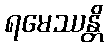
ရမေဿန္တိ